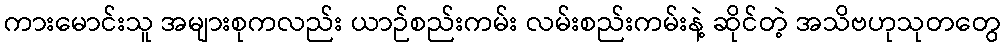
ကားမောင်းသူ အများစုကလည်း ယာဉ်စည်းကမ်း လမ်းစည်းကမ်းနဲ့ ဆိုင်တဲ့ အသိဗဟုသုတတွေ